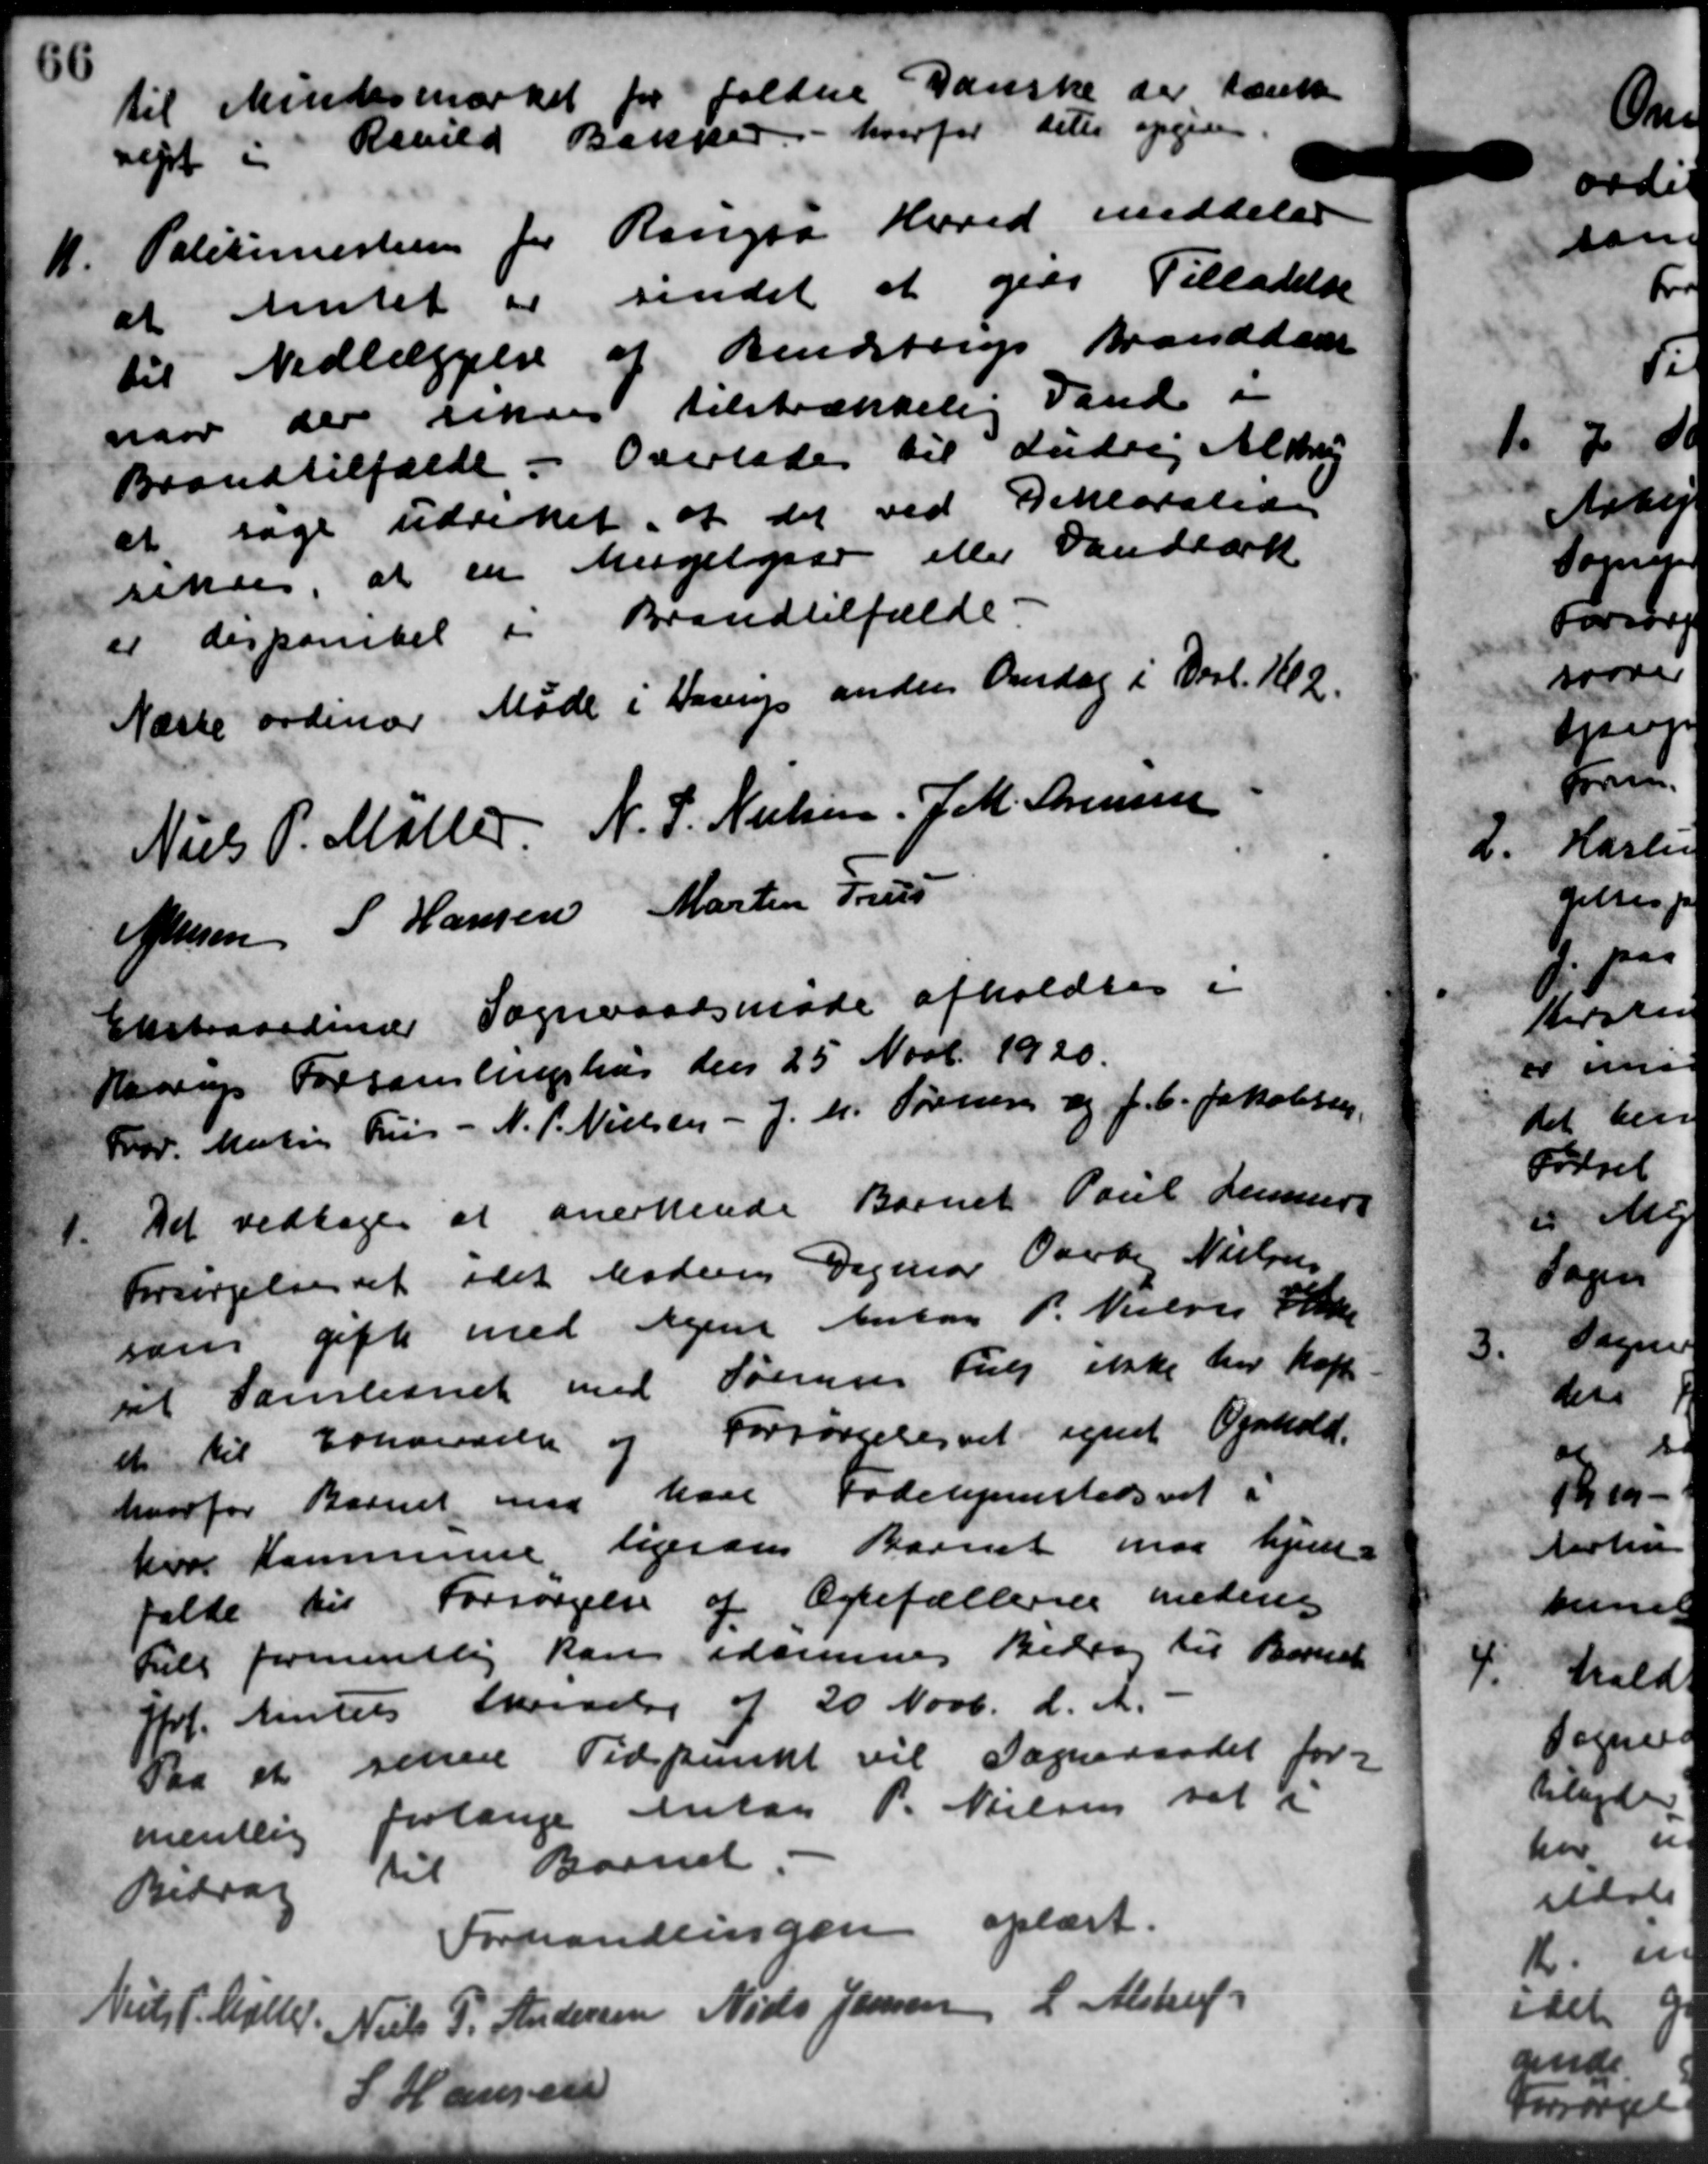
Transskription:
til Mindesmærket for faldne Danske der tænke
rejst i Revild Bakker - hvorfor deter opgive
11
Politimesteren for Rougsø Herred meddeler
at Amtet er sindet at give Tilladelse
til Nedlæggelse af Bendstrup tranddam
naar der riksen tilstrækkelig Vand i
Brandtilfælde. Overlades til Ludvig Aldrup
at søge udrettet, at det ved Deklaration
reke, at en Mugelgaar eller Vandværk
er derparket i Brandtilfælde
Næste ordinær Møde i Haarup anden Onsdag i Derl. Kl 2.
Niels P. Møller
N. P. Nielsen.
J. M. Sørensen
Oftersen
S Hansen
Martin Freus

Ekstraordinær Sogneraadsmøde afholdtes i
Haarup Forsamlingshus den 25 Novb. 1920.
Hrr. Martig Friis - N. P. Nielsen - J. M. Søren og J. C. Jakobsen,
1.
Det vedtoges at anerkende Barnet Poul Lang
Forsørgelse at idet Møders Dagmar Overbog Nielsen
san gifte med Agene Anton P. Nielsen Sk
til Samlesnet med Sørensen Fag ikke har haft.
Forsørgelsesret egenet Ophold.
et til Erhandelse og
hvorfor Barnet med have Fødehjemstedsret i
hvor Kommune ligeren Barnet maa hjem-
falde til Forsørgelse af Ægtefællerne medens
Til formentlig kan idsemmer Bidrag til Barnet
Jfrl. Amtets Skrivelse af 20 Novb. d. A.
Paa et senere Tidspunkt vil Sogneraadet for
mentlig forlange Antog P. Nielsen til 2
Bidrag til Barnet. -
Forhandlingen oplæst.
Niels P. Møller
Niels P. Andersen
Niels Jensen
L. Alstruf
S Hansen